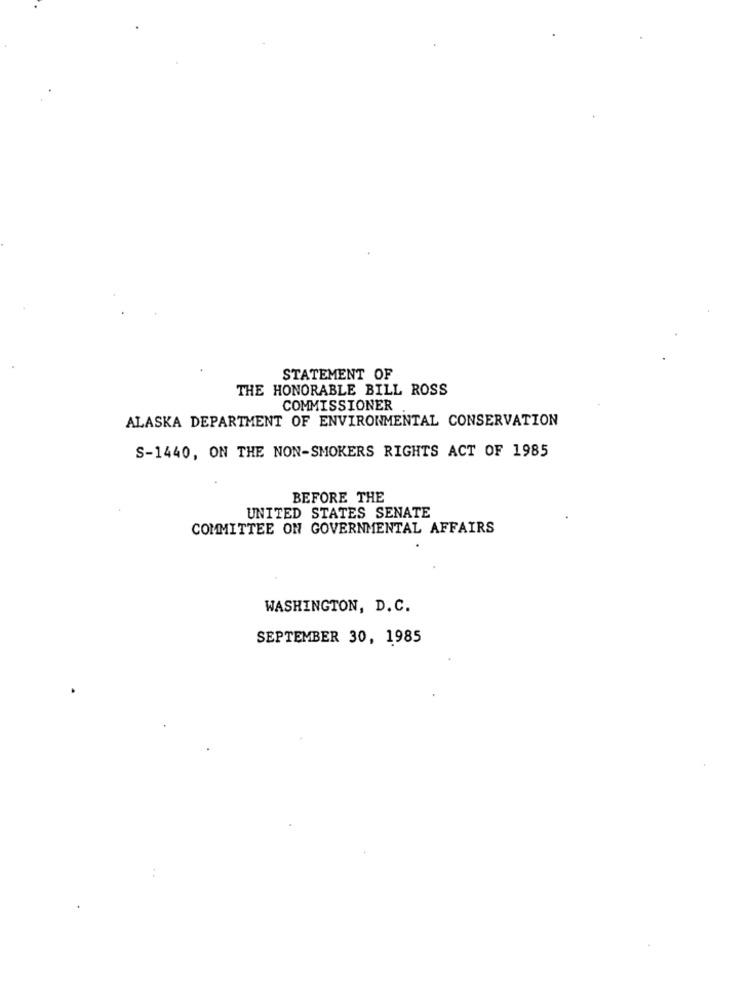
STATEMENT OF
THE HONORABLE BILL ROSS
COMMISSIONER
ALASKA DEPARTMENT OF ENVIRONMENTAL CONSERVATION
S-1440, ON THE NON-SMOKERS RIGHTS ACT OF 1985
BEFORE THE
UNITED STATES SENATE
COMMITTEE ON GOVERNMENTAL AFFAIRS
WASHINGTON, D. C.
SEPTEMBER 30, 1985